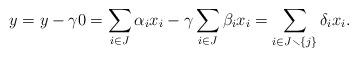
LaTeX: \begin{align*}y = y - \gamma 0 = \sum_{i \in J} \alpha_{i} x_{i} - \gamma \sum_{i \in J}\beta_{i} x_{i} = \sum_{i \in J \smallsetminus \{j\} } \delta_{i} x_{i}.\end{align*}